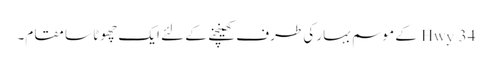
Hwy 34 کے موسم بہار کی طرف کھینچنے کے لئے ایک چھوٹا سا مقام۔